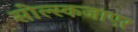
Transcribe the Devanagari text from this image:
सोल्स्कजाएर